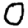
Digit: 0